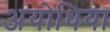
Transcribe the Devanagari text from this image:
अयोधिया